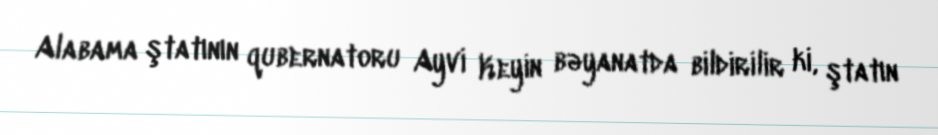
Alabama ştatının qubernatoru Ayvi Keyin bəyanatda bildirilir ki, ştatın